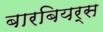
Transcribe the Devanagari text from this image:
बारबियर्स